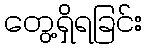
တွေ့ရှိရခြင်း